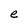
Character: e